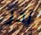
آخر